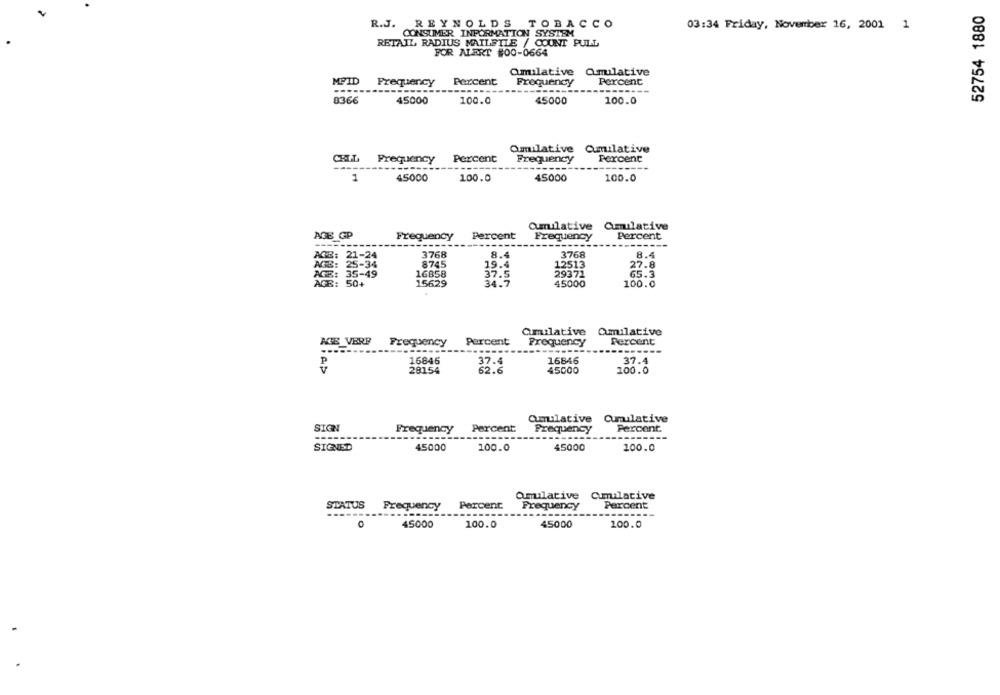
52754 1880
R.J. REYNOLDS TOBACCO
03:34 Friday, November 16, 2001 1
CONSUMER INFORMATION SYSTEM
RETAIL RADIUS MAILFILE / COUNT PULL
FOR ALERT #00-0664
amilative Qmulative
MFID Frequency
Percent
Frequency
Percent
------
0366
45000
100.0
45000
100.0
Oumilative Cumulative
CELL
Frequency
Percent
Frequency
Percent
1
45000
100.0
45000
100.0
Cumulative Cumulative
AGE GP
Frequency
Percent
Percent
Frequency
3768
8.4
3768
8.4
ACE:
8745
19.4
12513
27.8
16858
37.5
29371
65.3
AGB: 50+
15629
34.7
45000
100.0
Cumulative Cumulative
KEE VERP
Percent
Percent
Frequency
Frequency
P
16846
37.4
16846
37.4
28154
62.6
45000
100.0
Cumulative Cumulative
SIGN
Frequency
Percent
Frequency
Percent
SIGNED
45000
100.0
45000
100.0
Qmulative Cumulative
STATUS
Frequency
Percent
Frequency
Percent
--------
45000
100.0
45000
100.0